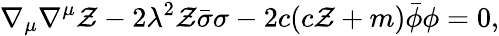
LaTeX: \nabla_{\mu}\nabla^{\mu}\mathcal{Z}-2\lambda^{2}\mathcal{Z}\bar{{\sigma}}\sigma-2c(c\mathcal{Z}+m)\bar{{\phi}}\phi=0,